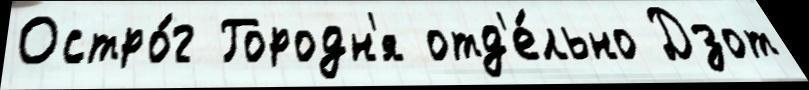
Остро́г Городн'я отд'е́льно Дзот